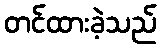
တင်ထားခဲ့သည်